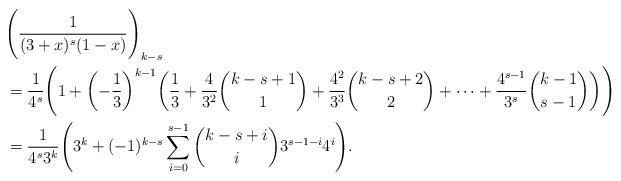
LaTeX: \begin{align*}&\Biggl(\frac{1}{(3+x)^s(1-x)} \Biggr)_{k-s} \\&= \frac{1}{4^s}\Biggl(1 +\biggl(-\frac{1}{3}\biggr)^{k-1}\biggl(\frac{1}{3}+\frac{4}{3^2}\binom{k-s+1}{1}+\frac{4^2}{3^3}\binom{k-s+2}{2}+\cdots+\frac{4^{s-1}}{3^s}\binom{k-1}{s-1} \biggr)\Biggr) \\&=\frac{1}{4^s3^k}\Biggl( 3^k+(-1)^{k-s}\sum_{i=0}^{s-1}\binom{k-s+i}{i}3^{s-1-i}4^i \Biggr).\end{align*}